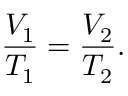
{ \frac { V _ { 1 } } { T _ { 1 } } } = { \frac { V _ { 2 } } { T _ { 2 } } } .